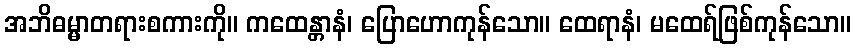
အဘိဓမ္မာတရားစကားကို။ ကထေန္တာနံ၊ ပြောဟောကုန်သော။ ထေရာနံ၊ မထေရ်ဖြစ်ကုန်သော။